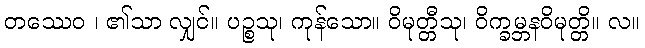
တဿေဝ ၊ ၏သာ လျှင်။ ပဉ္စသု၊ ကုန်သော။ ဝိမုတ္တီသု၊ ဝိက္ခမ္ဘနဝိမုတ္တိ။ လ။